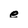
Character: e